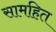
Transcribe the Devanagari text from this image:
सामहित